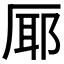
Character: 𭆊